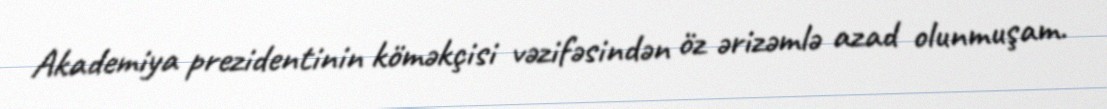
Akademiya prezidentinin köməkçisi vəzifəsindən öz ərizəmlə azad olunmuşam.